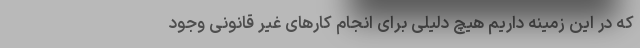
که در این زمینه داریم هیچ دلیلی برای انجام کارهای غیر قانونی وجود